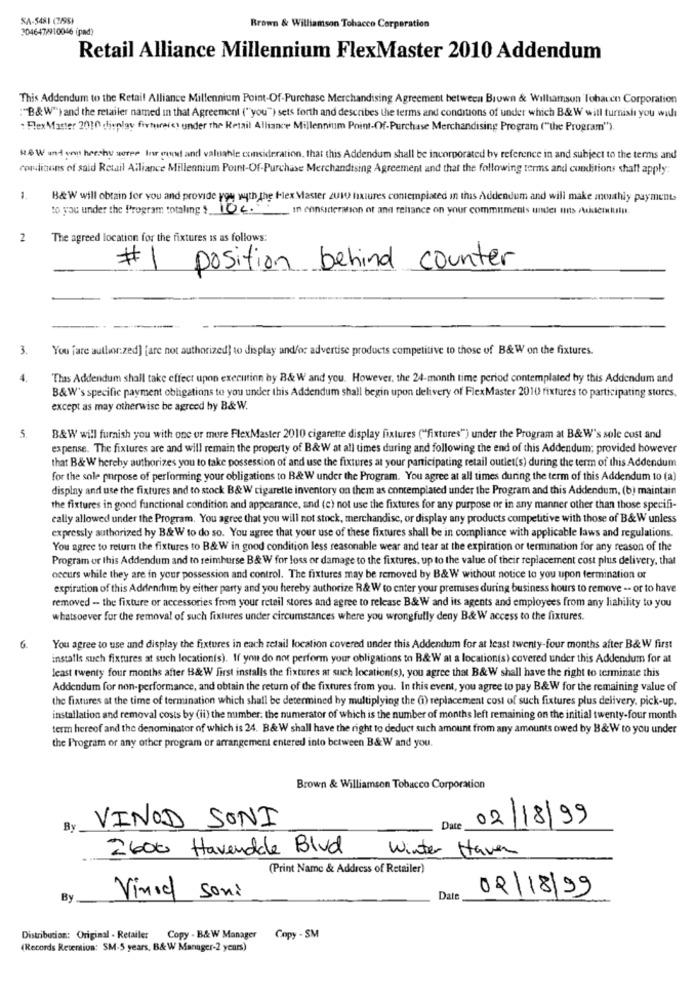
SA-5481 (7/96)
3046479910046 (pad)
Brown & Williamson Tobacco Corporation
Retail Alliance Millennium FlexMaster 2010 Addendum
This Addendum to the Retail Alliance Millennium Point-Of-Purchase Merchandising Agreement between Brown & Williamson Tobacen Corporation
"B&W") and the retailer named in that Agreement ("you") sets forth and describes the terms and conditions of under which B&W will turnislı you will
: Flex Master 2010 display firmrere) under the Retail Alliance Millennium Point-Of-Purchase Merchandising Program ("the Program").
18 W and enn hershy soree Inr good and valuable consideration, that this Addendum shall be incorporated by reference in and subject to the terms and
conditions of said Retail Alliance Millennium Point-Of-Purchase Merchandising Agreement and that the following terms and conditions shall apply:
1.
B&W will obtain for you and provide you with the flex Master 2UWV fixtures contemplated in this Addendum and will make monthly payment-
to you under the Program totaling ? 100. in consideration of and reliance on your commitments undes ans suiscolumn
2
The agreed location for the fixtures is as follows:
#
position behind counter
3.
You fare author:zed] [are not authorized] to display and/or advertise products competitive to those of B&W on the fixtures.
4.
Thas Addendum shall take effect upon execution by B& W and you. However, the 24-month time period contemplated hy this Addendum and
B&W's specific payment obligations to you under this Addendum shall begin upon delivery of FlexMaster 2010 fixtures to participating stores.
except as may otherwise be agreed by B&W.
5.
B&W will furnish you with one or more FlexMaster 2010 cigarette display fixtures ("fixtures") under the Program at B&W's sole cost and
expense. The fixtures are and will remain the property of B&W at all times during and following the end of this Addendum; provided however
that B& W hereby authorizes you to take possession of and use the fixtures at your participating retail outlet(s) during the term of this Addendum
for the sole purpose of performing your obligations to B& W under the Program. You agree at all times during the term of this Addendum to (a)
display and use the fixtures and to stock B&W cigaretle inventory on them as contemplated under the Program and this Addendum, (b) maintain
the fixtures in gond functional condition and appearance, and (c) not use the fixtures for any purpose or in any manner other than those specifi-
cally allowed under the Program. You agree that you will not stock, merchandise, or display any products competitive with those of B&W unless
expressly authorized hy B& W to do so. You agree that your use of these fixtures shall be in compliance with applicable laws and regulations.
You agree to return the fixtures to B&W in good condition less reasonable wear and tear at the expiration or termination for any reason of the
Program or this Addendum and to reimburse B& W for loss or damage to the fixtures, up to the value of their replacement cost plus delivery, that
occurs while they are in your possession and control. The fixtures may be removed by B& W without notice to you upon fermination or
expiration of this Addendum by either party and you hereby authorize R& W to enter your premises during business hours to remove -- or to have
removed - the fixture or accessories from your retail stores and agree to release B& W and its agents and employees from any liability to you
whatsoever for the removal of such fixtures under circumstances where you wrongfully deny B&W access to the fixtures.
6.
You agree to use and display the fixtures in each retail location covered under this Addendum for at least twenty-four months after B& W first
installs such fixtures at such location(s). If you do not perform your obligations to B&W at a location(s) covered under this Addendum for at
least twenty four months after B&W first installs the fixtures at such location(s), you agree that B&W shall have the right to terminate this
Addendum for non-performance, and obtain the return of the fixtures from you. In this event, you agree to pay B&W for the remaining value of
the fixtures at the time of termination which shall be determined by multiplying the (i) replacement cost of such fixtures plus delivery, pick-up.
installation and removal costs by (ii) the mimber: the numerator of which is the number of months left remaining on the initial twenty-four month
term hereof and the denominator of which is 24. B&W shall have the right to deduct such amount from any amounts owed by B&W to you under
the Program or any other program or arrangement entered into between B&W and you.
Brown & Williamson Tobacco Corporation
VINOD SONT
02/18/99
By
Date
2600 Havendole Blvd
Winter Haven
(Print Name & Address of Retailer)
02/18/99
By
Vinoel soni
Date
Distribution: Original - Retailer Copy - B& W Manager Copy - SM
(Records Retention: SM-5 years, B&W Manager-2 years)